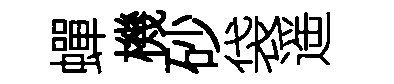
蟬機砂袋遥